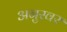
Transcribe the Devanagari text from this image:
अनुस्वर